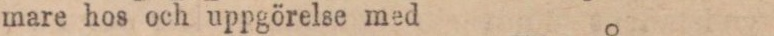
mare hos och uppgörelse med